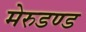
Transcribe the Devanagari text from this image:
मेरुडण्ड